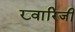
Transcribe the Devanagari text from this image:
ख्वारिजी